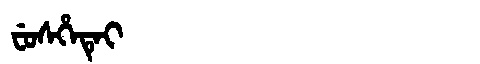
Manchu: ᠸᡠᠰᡥᡝᡨᡝᡳ
Romanization: FUSHETEI